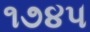
૧૭૪૫